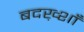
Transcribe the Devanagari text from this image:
बदख़्शाँ